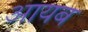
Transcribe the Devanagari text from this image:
आयब